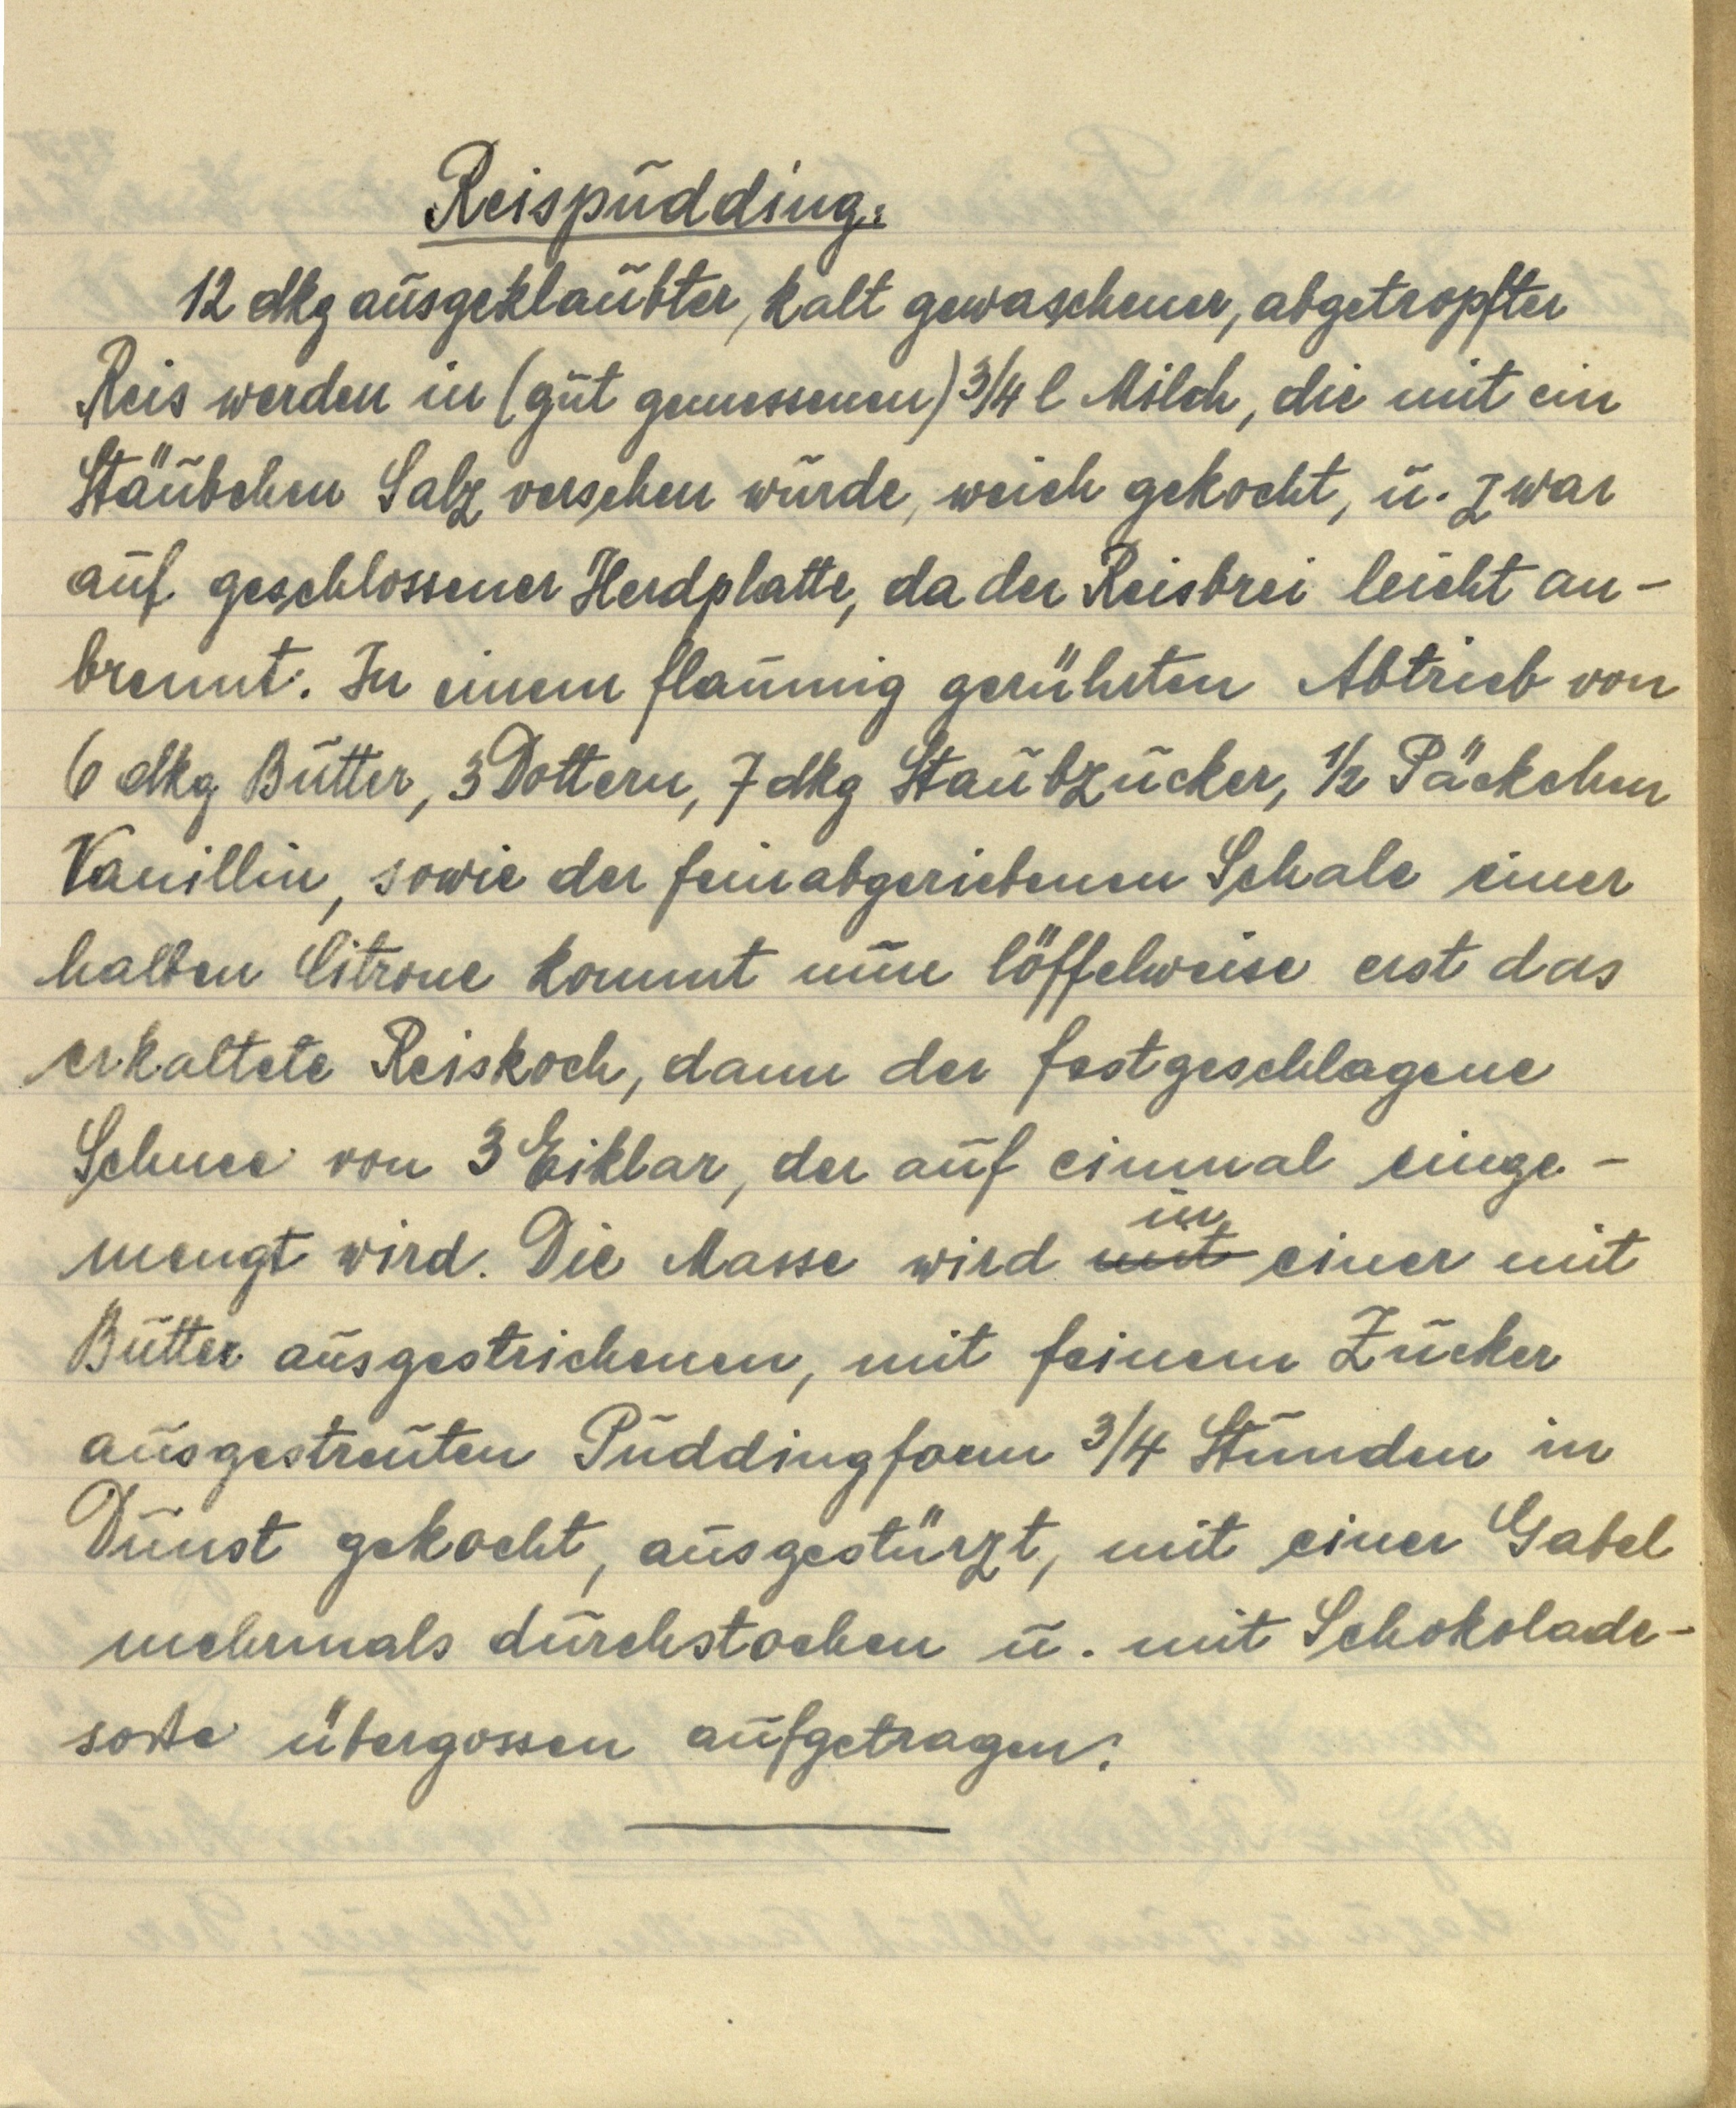
Reispudding.
12 dkg ausgeklaubter, kalt gewaschener, abgetropfter
Reis werden in (gut genommen) ¾ l Milch, die mit ein
Stäubchen Salz versehen wurde, weich gekocht, u. zwar
auf geschlossener Herdplatte, da der Reisbrei leicht an¬
brennt. In einem flaumig gerührten Abtrieb von
6 dkg Butter, 3 Dottern, 7 dkg Staubzucker, ½ Päckchen
Vanillin, sowie der feinabgeriebenen Schale einer
halben Citrone kommt nun löffelweise erst das
erkaltete Reiskoch, dann der festgeschlagene
Schnee von 3 Eiklar, der auf einmal einge¬
mengt wird. Die Masse wird mit in einer mit
Butter ausgestrichenen, mit feinem Zucker
ausgestreuten Puddingform ¾ Stunden in
Dunst gekocht, ausgestürzt, mit einer Gabel
mehrmals durchstochen u. mit Schokolade¬
soße übergossen aufgetragen.